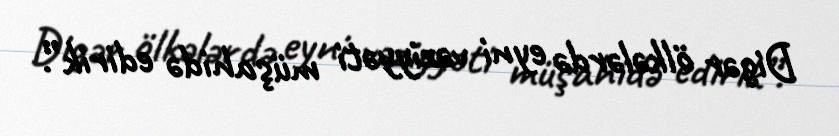
Digər ölkələrdə eyni vəziyyəti müşahidə edirik”.